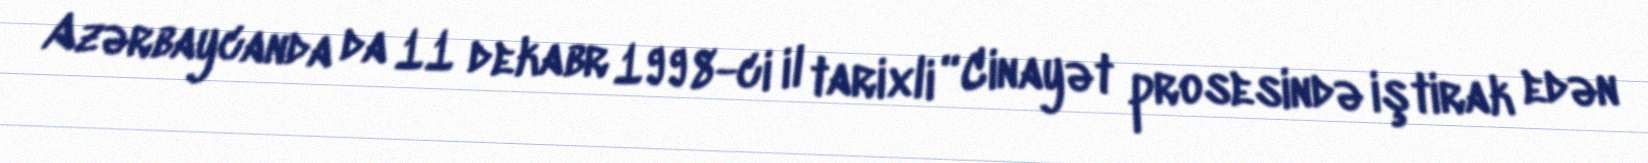
Azərbaycanda da 11 dekabr 1998-ci il tarixli “Cinayət prosesində iştirak edən